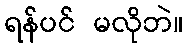
ရန်ပင် မလိုဘဲ။